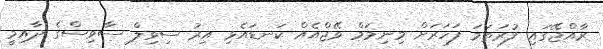
ރާއްޖޭގައި ފުރަތަމަ ފަހަރަށް މިނިމަމް ވޭޖްއެއް ކަނޑައެޅި އިރު ސިވިލް ސާވިސްގެ ދާއިމީ